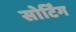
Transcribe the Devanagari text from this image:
सोर्टिंग